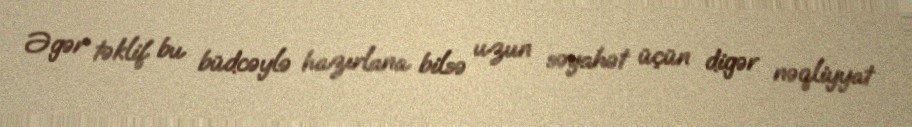
Əgər təklif bu büdcəylə hazırlana bilsə uzun səyahət üçün digər nəqliyyat